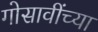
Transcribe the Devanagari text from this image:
गोसावींच्या